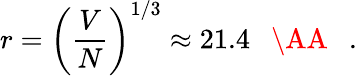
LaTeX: r=\left(\frac{V}{N}\right)^{1/3}\approx 21.4\mathrm{~~~\AA~{~}~}.